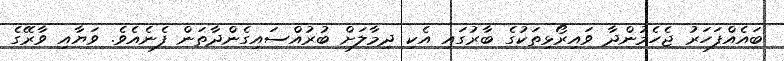
ބައެއްފަހަރު ޖެހެމުންދާ ވައިރޯޅިތަކުގެ ބާރުގައި އެކި ދިމާލަށް ބުރުއްސައިގެންދާތަން ފެނެއެވެ. ވަޔާއި ވާރޭގެ